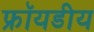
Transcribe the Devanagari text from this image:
फ्रॉयडीय